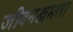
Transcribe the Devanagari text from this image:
जीवनक्षमता